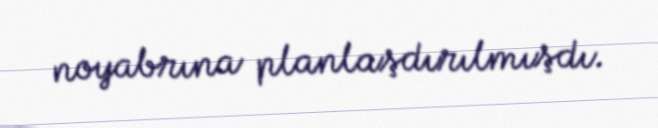
noyabrına planlaşdırılmışdı.